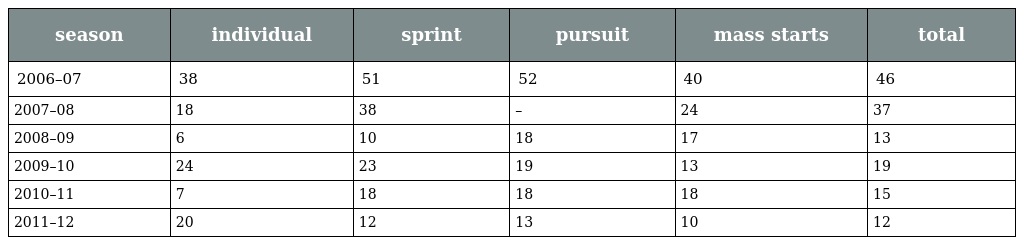
| season | individual | sprint | pursuit | mass starts | total |
 | --- | --- | --- | --- | --- | --- |
 | 2006–07 | 38 | 51 | 52 | 40 | 46 |
 | 2007–08 | 18 | 38 | – | 24 | 37 |
 | 2008–09 | 6 | 10 | 18 | 17 | 13 |
 | 2009–10 | 24 | 23 | 19 | 13 | 19 |
 | 2010–11 | 7 | 18 | 18 | 18 | 15 |
 | 2011–12 | 20 | 12 | 13 | 10 | 12 |